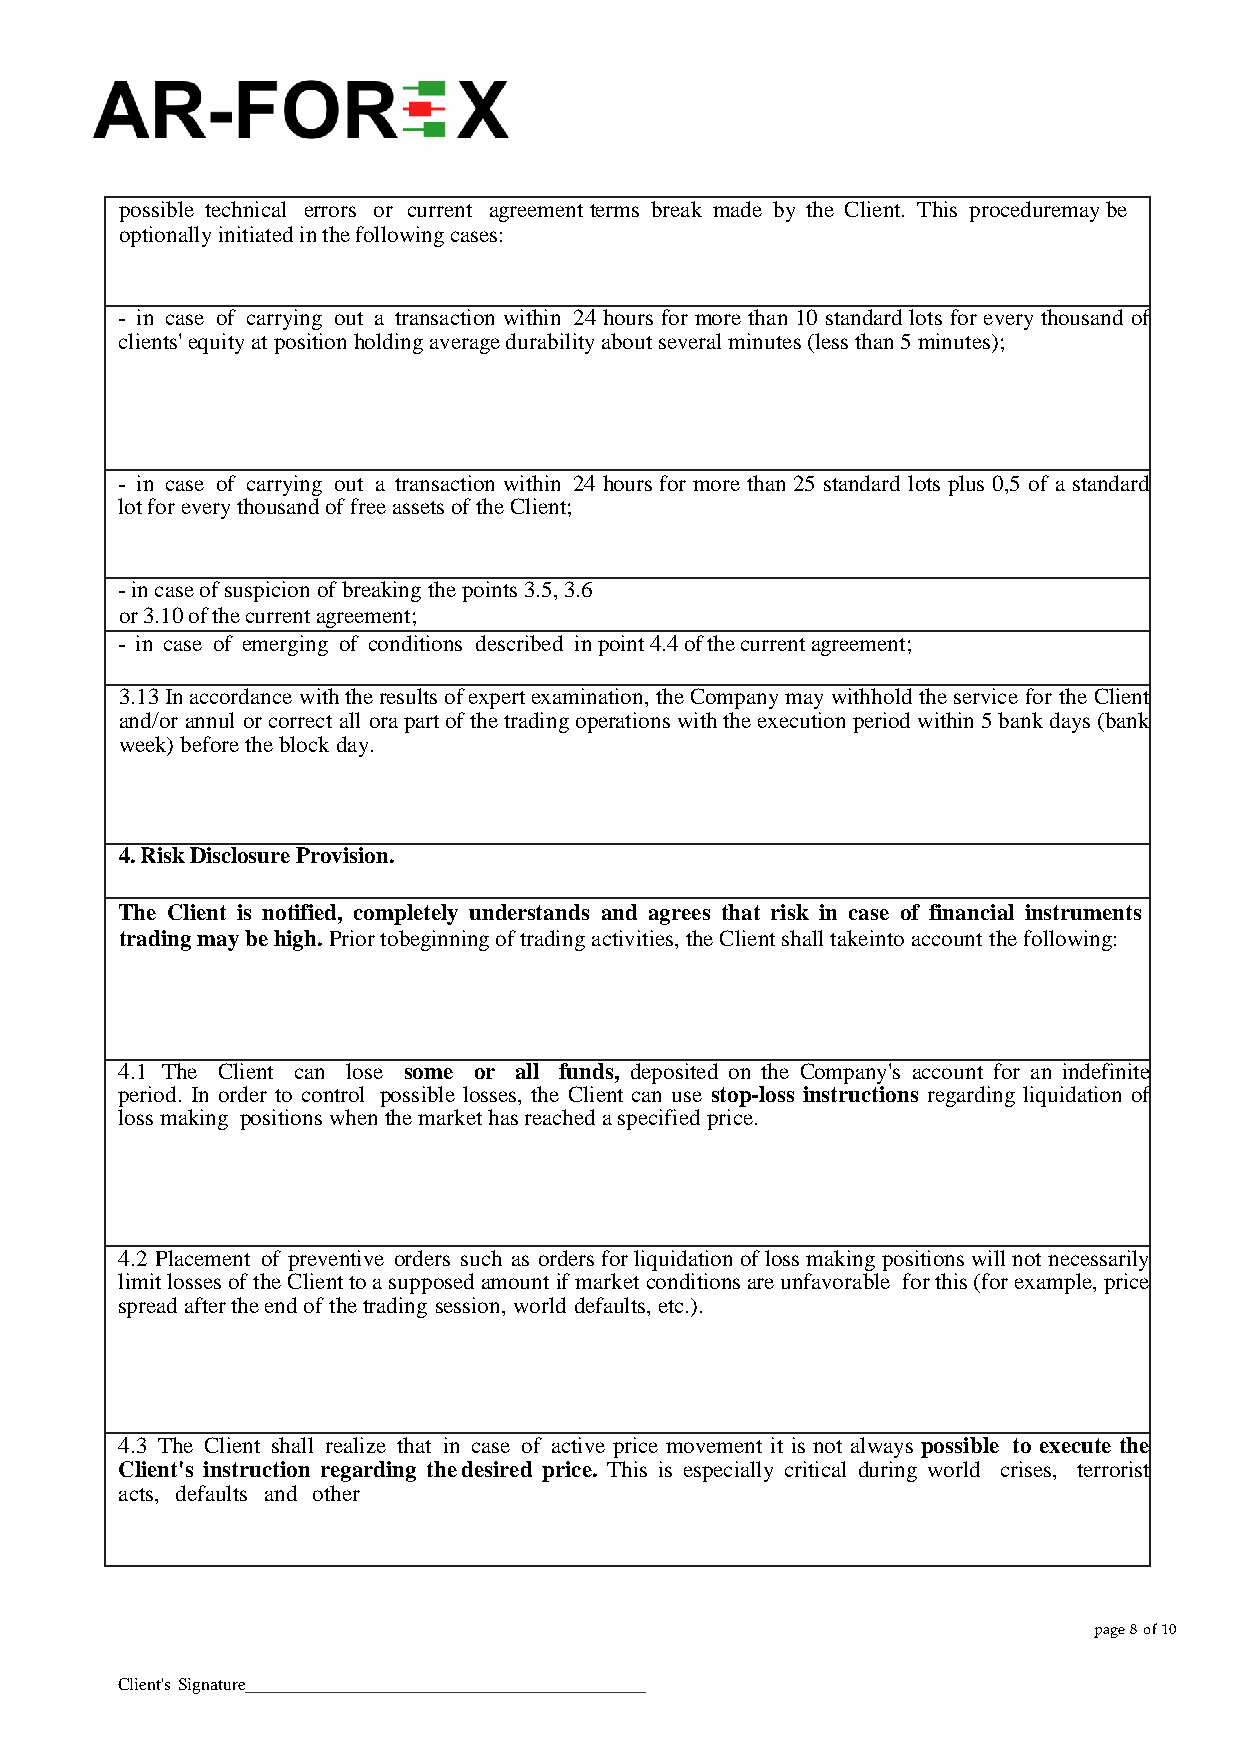
possible technical errors or current agreement terms break made by the Client. This procedure may be
 optionally initiated in the following cases:
 - in case of carrying out a transaction within 24 hours for more than 10 standard lots for every thousand of
 clients' equity at position holding average durability about several minutes (less than 5 minutes);
 - in case of carrying out a transaction within 24 hours for more than 25 standard lots plus 0,5 of a standard
 lot for every thousand of free assets of the Client;
 - in case of suspicion of breaking the points 3.5, 3.6
 or 3.10 of the current agreement;
 - in case of emerging of conditions described in point 4.4 of the current agreement;
 3.13 In accordance with the results of expert examination, the Company may withhold the service for the Client
 and/or annul or correct all or a part of the trading operations with the execution period within 5 bank days (bank
 week) before the block day.
 4. Risk Disclosure Provision.
 The Client is notified, completely understands and agrees that risk in case of financial instruments
 trading may be high. Prior to beginning of trading activities, the Client shall take into account the following:
 4.1 The Client can lose some or all funds, deposited on the Company's account for an indefinite
 period. In order to control possible losses, the Client can use stop-loss instructions regarding liquidation of
 loss making positions when the market has reached a specified price.
 4.2 Placement of preventive orders such as orders for liquidation of loss making positions will not necessarily
 limit losses of the Client to a supposed amount if market conditions are unfavorable for this (for example, price
 spread after the end of the trading session, world defaults, etc.).
 4.3 The Client shall realize that in case of active price movement it is not always possible to execute the
 Client's instruction regarding the desired price. This is especially critical during world crises, terrorist
 acts, defaults and other
 page 8 of 10
 Client's Signature